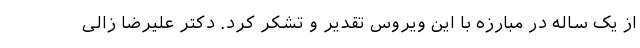
از یک ساله در مبارزه با این ویروس تقدیر و تشکر کرد. دکتر علیرضا زالی